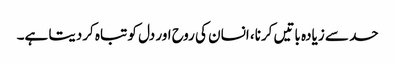
حد سے زیادہ باتیں کرنا، انسان کی روح اور دل کو تباہ کردیتا ہے۔